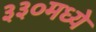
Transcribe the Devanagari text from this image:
३३०मध्ये